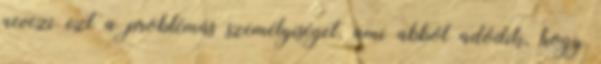
nevezi ezt a problémás személyiséget, ami abból adódik, hogy